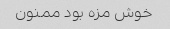
خوش مزه بود ممنون